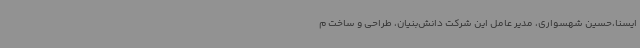
ایسنا،حسین شهسواری، مدیر عامل این شرکت دانش‌بنیان، طراحی و ساخت م